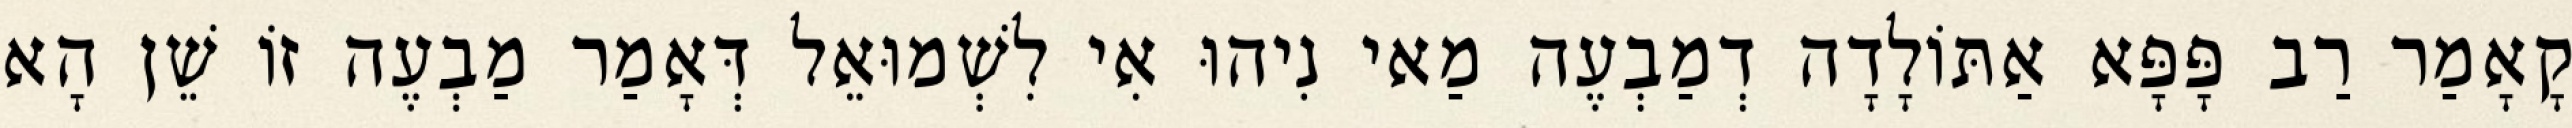
קָאָמַר רַב פָּפָּא אַתּוֹלָדָה דְמַבְעֶה מַאי נִיהוּ אִי לִשְׁמוּאֵל דְּאָמַר מַבְעֶה זוֹ שֵׁן הָא